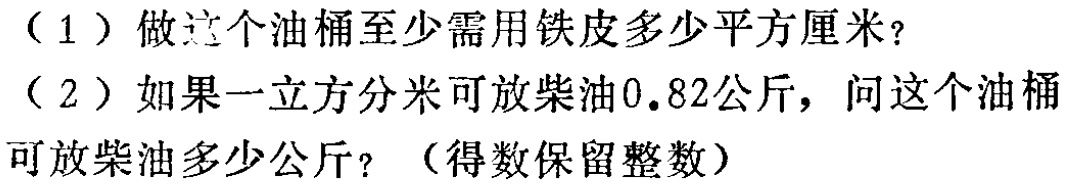
（1）做这个油桶至少需用铁皮多少平方厘米？

（2）如果一立方分米可放柴油0.82公斤，问这个油桶可放柴油多少公斤？（得数保留整数）